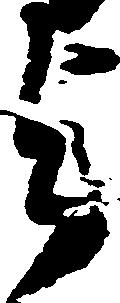
与